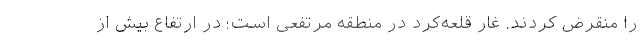
را منقرض کردند. غار قلعه‌کرد در منطقه مرتفعی است؛ در ارتفاع بیش از